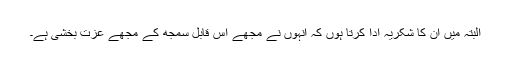
البتہ میں ان کا شکریہ ادا کرتا ہُوں کہ انہوں نے مجھے اس قابل سمجھ کے مجھے عزت بخشی ہے۔